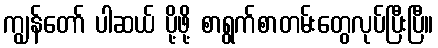
ကျွန်တော် ပါဆယ် ပို့ဖို့ စာရွက်စာတမ်းတွေလုပ်ပြီးပြီ။